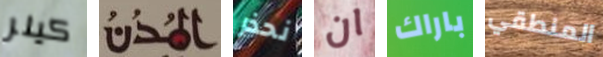
كيلر المدن نحذر ان باراك المنطقي